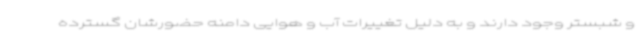
و شبستر وجود دارند و به دلیل تغییرات آب و هوایی دامنه حضورشان گسترده